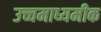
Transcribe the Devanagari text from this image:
उच्चमाध्यमीक